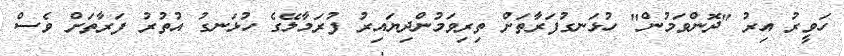
ހަވީރު އިރު "ދޮންވަމުން" ހުޅަނގުފަރާތަށް ތިރިވަމުންދިޔައިރު ފުރަމާލޭގެ ހުޅަނގު އުތުރު ފަރާތަށް ވެސް